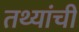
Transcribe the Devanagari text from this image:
तथ्यांची